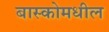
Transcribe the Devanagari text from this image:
बास्कोमधील